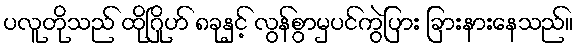
ပလူတိုသည် ထိုဂြိုဟ် ၈ခုနှင့် လွန်စွာမှပင်ကွဲပြား ခြားနားနေသည်။